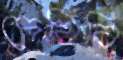
দেখিবি